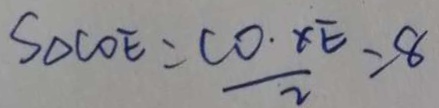
S _ { \Delta C O E } = \frac { C O \cdot x E } { 2 } = 8